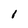
Character: I